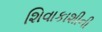
શિવાકાશીની